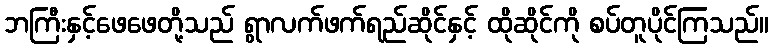
ဘကြီးနှင့်ဖေဖေတို့သည် ရွာလက်ဖက်ရည်ဆိုင်နှင့် ထိုဆိုင်ကို စပ်တူပိုင်ကြသည်။